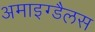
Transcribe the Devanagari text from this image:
अमाइग्डैलस